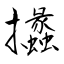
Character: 攭